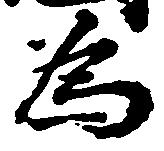
為